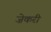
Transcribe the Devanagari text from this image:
ज़ेकरी